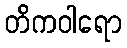
တိကဝါရော